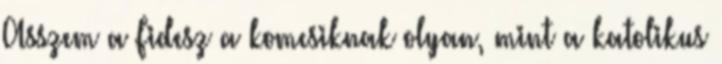
Asszem a Fidesz a komcsiknak olyan, mint a katolikus